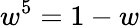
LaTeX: w^{5}=1-w